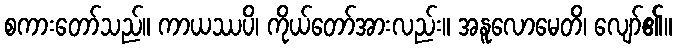
စကားတော်သည်။ ကာယဿပိ၊ ကိုယ်တော်အားလည်း။ အနူလောမေတိ၊ လျော်၏။